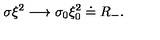
\sigma \xi ^ { 2 } \longrightarrow \sigma _ { 0 } \xi _ { 0 } ^ { 2 } \doteq R _ { - } .